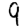
Digit: 9